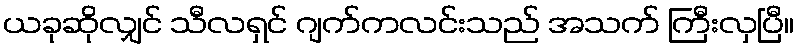
ယခုဆိုလျှင် သီလရှင် ဂျက်ကလင်းသည် အသက် ကြီးလှပြီ။